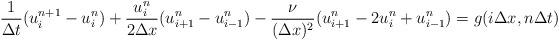
LaTeX: \begin{align*}\frac{1}{\Delta t}(u_i^{n+1}-u_i^n)+\frac{u_i^n}{2 \Delta x}(u_{i+1}^n-u_{i-1}^n)-\frac{\nu} {(\Delta x)^2}(u_{i+1}^n-2u_i^n+u_{i-1}^n)=g(i\Delta x,n \Delta t)\end{align*}